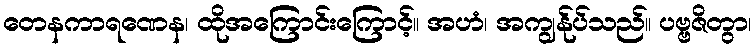
တေနကာရဏေန၊ ထိုအကြောင်းကြောင့်။ အဟံ၊ အကျွန်ုပ်သည်။ ပဗ္ဗဇိတွာ၊